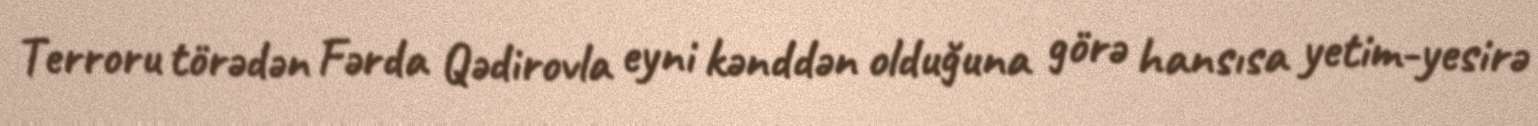
Terroru törədən Fərda Qədirovla eyni kənddən olduğuna görə hansısa yetim-yesirə